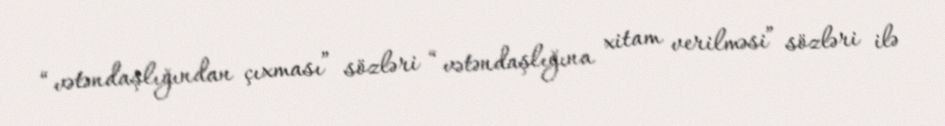
“vətəndaşlığından çıxması” sözləri “vətəndaşlığına xitam verilməsi” sözləri ilə